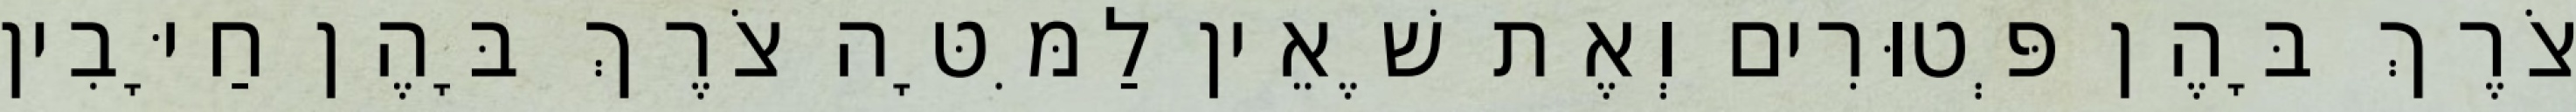
צֹרֶךְ בָּהֶן פְּטוּרִים וְאֶת שֶׁאֵין לַמִּטָּה צֹרֶךְ בָּהֶן חַיָּבִין